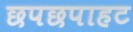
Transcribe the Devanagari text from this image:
छपछपाहट